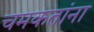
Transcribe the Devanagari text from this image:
चमकतांना